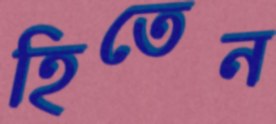
হিতেন